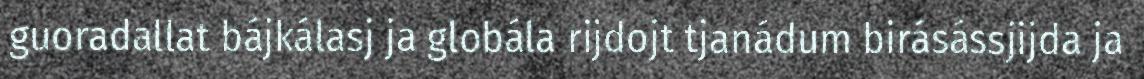
guoradallat bájkálasj ja globála rijdojt tjanádum birásássjijda ja